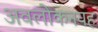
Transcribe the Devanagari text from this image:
अवलोकनयह